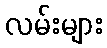
လမ်းများ